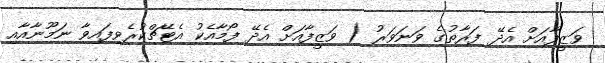
ވަޒީފާއަށް އެދޭ ފަރާތުގެ ވަނަވަރު ( ވަޒީފާއަށް އެދޭ ފޯމާއެކު އެޓޭޗްކުރެވިފައިވާ ނަމޫނާއާއި